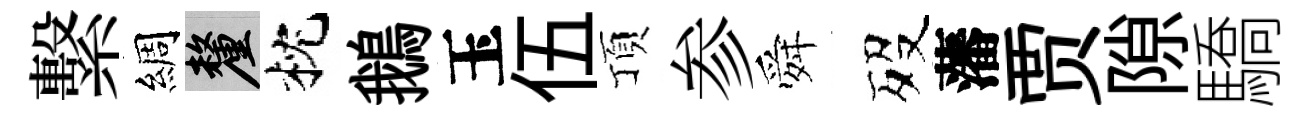
繫綢厘枕鵝玉伍頂参舜歿藩贾隙驕